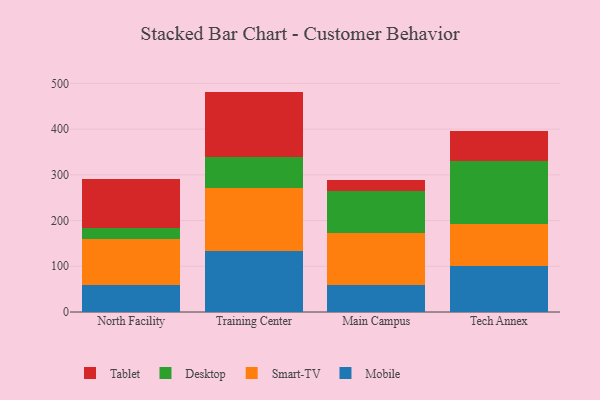
{"axis": {"x": "Campus", "y": "Inventory Turnover"}, "legend": ["Desktop", "Mobile", "Smart-TV", "Tablet"], "data": [{"x": "North Facility", "y": 59.1, "type": "Mobile"}, {"x": "North Facility", "y": 101.1, "type": "Smart-TV"}, {"x": "North Facility", "y": 23.1, "type": "Desktop"}, {"x": "North Facility", "y": 108.5, "type": "Tablet"}, {"x": "Training Center", "y": 133.2, "type": "Mobile"}, {"x": "Training Center", "y": 138.9, "type": "Smart-TV"}, {"x": "Training Center", "y": 66.7, "type": "Desktop"}, {"x": "Training Center", "y": 143.3, "type": "Tablet"}, {"x": "Main Campus", "y": 58.6, "type": "Mobile"}, {"x": "Main Campus", "y": 114.5, "type": "Smart-TV"}, {"x": "Main Campus", "y": 92.6, "type": "Desktop"}, {"x": "Main Campus", "y": 23.2, "type": "Tablet"}, {"x": "Tech Annex", "y": 100.9, "type": "Mobile"}, {"x": "Tech Annex", "y": 91.9, "type": "Smart-TV"}, {"x": "Tech Annex", "y": 136.5, "type": "Desktop"}, {"x": "Tech Annex", "y": 66.5, "type": "Tablet"}]}